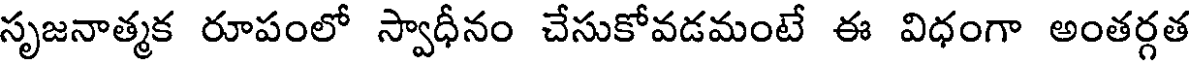
సృజనాత్మక రూపంలో స్వాధీనం చేసుకోవడమంటే ఈ విధంగా అంతర్గత